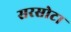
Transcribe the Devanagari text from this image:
सरसोटा